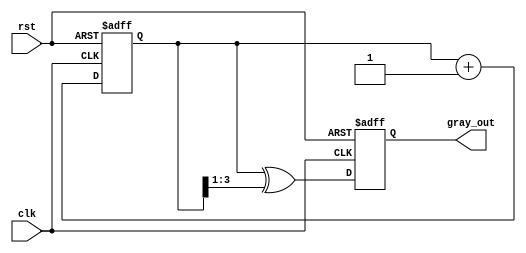
module gray_counter (
    input wire clk,           // Clock signal
    input wire rst,           // Asynchronous reset signal
    output reg [3:0] gray_out // Gray code output (4-bit)
);

reg [3:0] bin_count; // 4-bit binary counter

// Binary to Gray code conversion
function [3:0] binary_to_gray;
    input [3:0] bin;
    begin
        binary_to_gray = bin ^ (bin >> 1);
    end
endfunction

// Sequential logic for counter
always @(posedge clk or posedge rst) begin
    if (rst) begin
        bin_count <= 4'b0000;            // Initialize binary counter on reset
        gray_out <= binary_to_gray(4'b0000); // Convert to Gray code
    end else begin
        bin_count <= bin_count + 1;      // Increment binary counter
        gray_out <= binary_to_gray(bin_count); // Update Gray code output
    end
end

endmodule